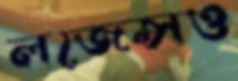
লজেন্সও